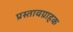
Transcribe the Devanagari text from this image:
प्रस्तावग्राहक